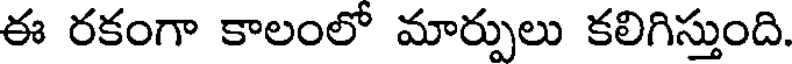
ఈ రకంగా కాలంలో మార్పులు కలిగిస్తుంది.